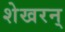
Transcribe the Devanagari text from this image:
शेखरन्